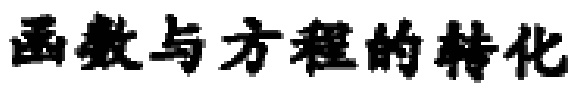
函数与方程的转化